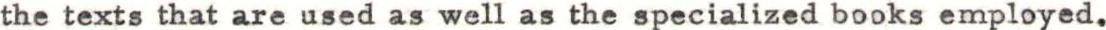
the texts that are used as well as the specialized books employed.